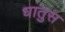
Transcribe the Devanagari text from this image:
धातुस